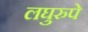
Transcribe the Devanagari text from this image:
लघुरुपे